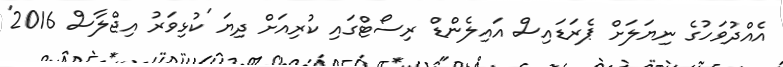
އެއްދުވަހުގެ ނިޔަލަށް ޕެރަޑައިސް އައިލެންޑް ރިސޯޓްގައި ކުރިއަށް ދިޔަ 'ކުޅިވަރު އިޖްލާސް 2016'